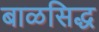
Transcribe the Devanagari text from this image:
बाळसिद्ध